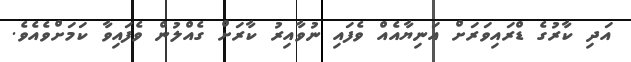
އަދި ކާރުގެ ޑްރައިވަަރަށް އަނިޔާއެއް ވެފައި ނުވާއިރު ކާރަށް ގެއްލުން ވެފައިވާ ކަމަށްވެއެވެ.